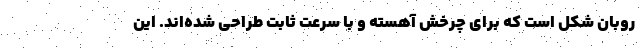
روبان شکل است که برای چرخش آهسته و با سرعت ثابت طراحی شده‌اند. این